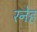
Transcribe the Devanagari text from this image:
रनेह